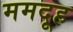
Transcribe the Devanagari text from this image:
ममदूह